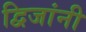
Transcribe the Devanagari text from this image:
द्विजांनी